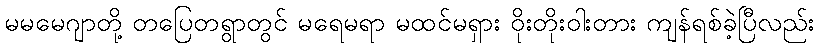
မမမေဂျာတို့ တပြေတရွာတွင် မရေမရာ မထင်မရှား ဝိုးတိုးဝါးတား ကျန်ရစ်ခဲ့ပြီလည်း